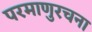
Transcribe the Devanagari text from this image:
परमाणुरचना